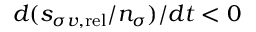
d ( s _ { \sigma v , \mathrm { r e l } } / n _ { \sigma } ) / d t < 0